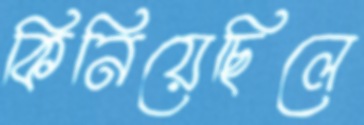
কিনিয়েছিলে